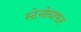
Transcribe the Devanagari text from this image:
स्टेनोग्राफर